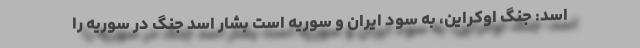
اسد: جنگ اوکراین، به سود ایران و سوریه است بشار اسد جنگ در سوریه را